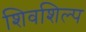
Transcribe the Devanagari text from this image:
शिवशिल्प